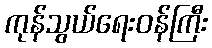
ကုန်သွယ်ရေးဝန်ကြီး